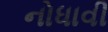
નોધાવી